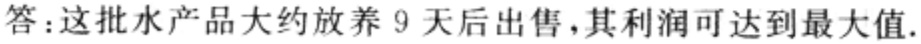
答：这批水产品大约放养 9 天后出售，其利润可达到最大值.